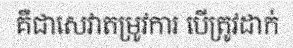
គឺជាសេវាតម្រូវការ បើត្រូវដាក់